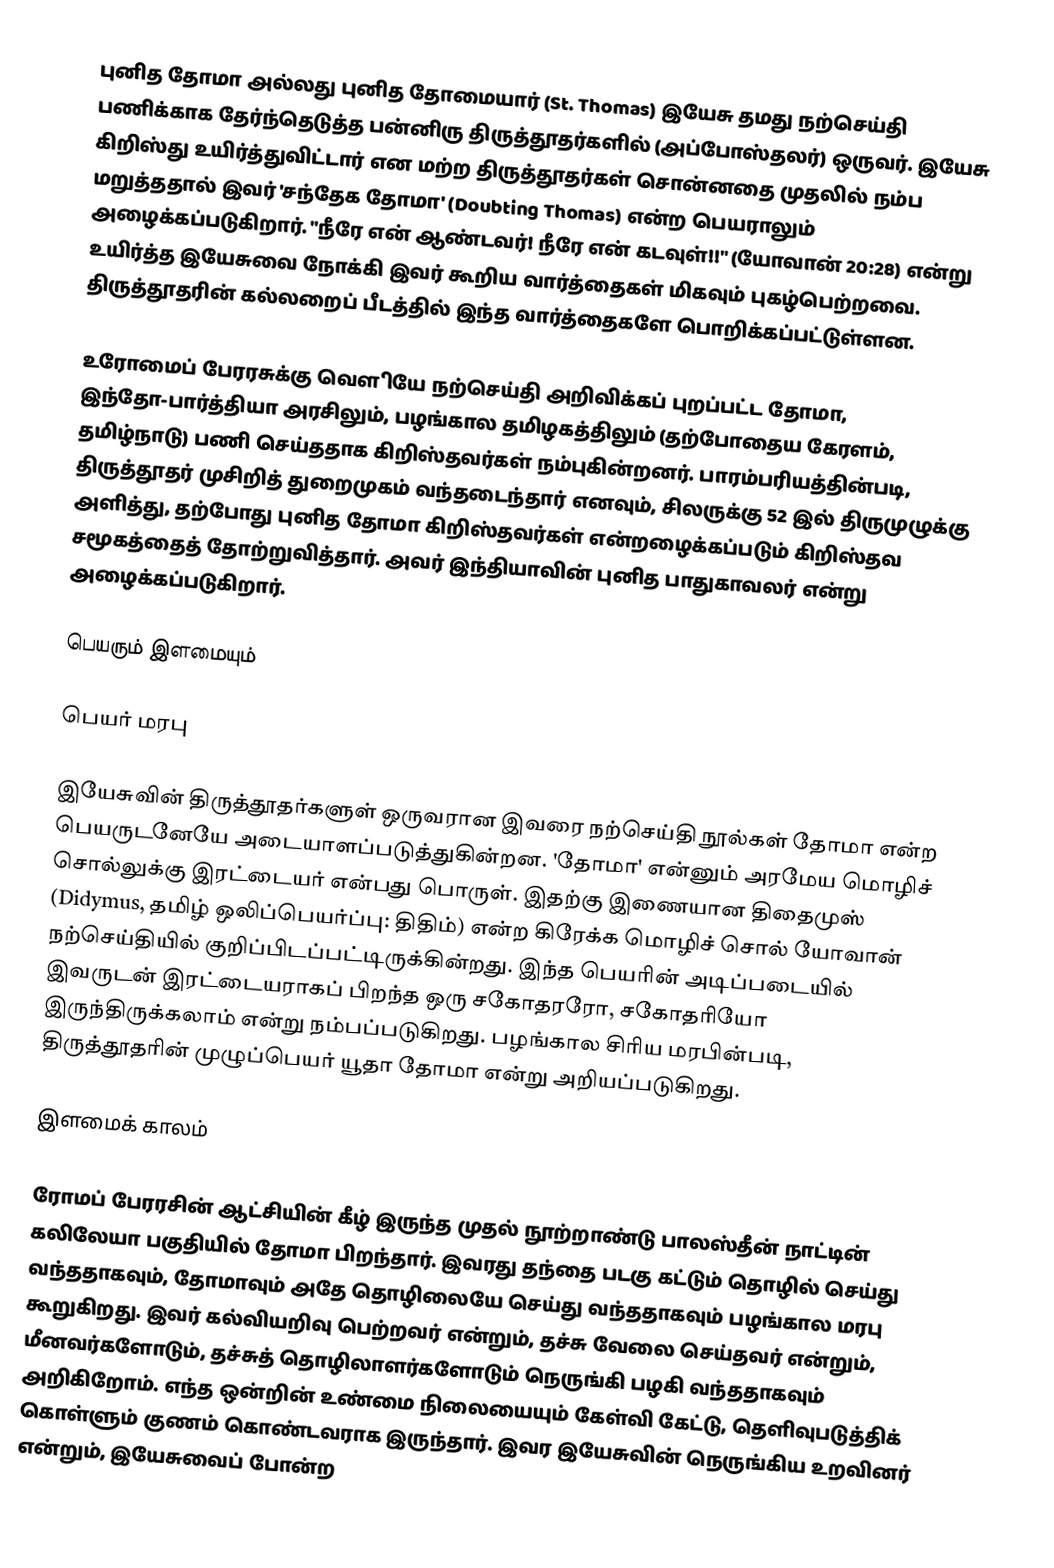
புனித தோமா அல்லது புனித தோமையார் (St. Thomas) இயேசு தமது நற்செய்தி பணிக்காக தேர்ந்தெடுத்த பன்னிரு திருத்தூதர்களில் (அப்போஸ்தலர்) ஒருவர். இயேசு கிறிஸ்து உயிர்த்துவிட்டார் என மற்ற திருத்தூதர்கள் சொன்னதை முதலில் நம்ப மறுத்ததால் இவர் 'சந்தேக தோமா' (Doubting Thomas) என்ற பெயராலும் அழைக்கப்படுகிறார். "நீரே என் ஆண்டவர்! நீரே என் கடவுள்!!" (யோவான் 20:28) என்று உயிர்த்த இயேசுவை நோக்கி இவர் கூறிய வார்த்தைகள் மிகவும் புகழ்பெற்றவை. திருத்தூதரின் கல்லறைப் பீடத்தில் இந்த வார்த்தைகளே பொறிக்கப்பட்டுள்ளன.

உரோமைப் பேரரசுக்கு வௌியே நற்செய்தி அறிவிக்கப் புறப்பட்ட தோமா, இந்தோ-பார்த்தியா அரசிலும், பழங்கால தமிழகத்திலும் (தற்போதைய கேரளம், தமிழ்நாடு) பணி செய்ததாக கிறிஸ்தவர்கள் நம்புகின்றனர். பாரம்பரியத்தின்படி, திருத்தூதர் முசிறித் துறைமுகம் வந்தடைந்தார் எனவும், சிலருக்கு 52 இல் திருமுழுக்கு அளித்து, தற்போது புனித தோமா கிறிஸ்தவர்கள் என்றழைக்கப்படும் கிறிஸ்தவ சமூகத்தைத் தோற்றுவித்தார். அவர் இந்தியாவின் புனித பாதுகாவலர் என்று அழைக்கப்படுகிறார்.

பெயரும் இளமையும்

பெயர் மரபு

இயேசுவின் திருத்தூதர்களுள் ஒருவரான இவரை நற்செய்தி நூல்கள் தோமா என்ற பெயருடனேயே அடையாளப்படுத்துகின்றன. 'தோமா' என்னும் அரமேய மொழிச் சொல்லுக்கு இரட்டையர் என்பது பொருள். இதற்கு இணையான திதைமுஸ் (Didymus, தமிழ் ஒலிப்பெயர்ப்பு: திதிம்) என்ற கிரேக்க மொழிச் சொல் யோவான் நற்செய்தியில் குறிப்பிடப்பட்டிருக்கின்றது. இந்த பெயரின் அடிப்படையில் இவருடன் இரட்டையராகப் பிறந்த ஒரு சகோதரரோ, சகோதரியோ இருந்திருக்கலாம் என்று நம்பப்படுகிறது. பழங்கால சிரிய மரபின்படி, திருத்தூதரின் முழுப்பெயர் யூதா தோமா என்று அறியப்படுகிறது.

இளமைக் காலம்

ரோமப் பேரரசின் ஆட்சியின் கீழ் இருந்த முதல் நூற்றாண்டு பாலஸ்தீன் நாட்டின் கலிலேயா பகுதியில் தோமா பிறந்தார். இவரது தந்தை படகு கட்டும் தொழில் செய்து வந்ததாகவும், தோமாவும் அதே தொழிலையே செய்து வந்ததாகவும் பழங்கால மரபு கூறுகிறது. இவர் கல்வியறிவு பெற்றவர் என்றும், தச்சு வேலை செய்தவர் என்றும், மீனவர்களோடும், தச்சுத் தொழிலாளர்களோடும் நெருங்கி பழகி வந்ததாகவும் அறிகிறோம். எந்த ஒன்றின் உண்மை நிலையையும் கேள்வி கேட்டு, தெளிவுபடுத்திக் கொள்ளும் குணம் கொண்டவராக இருந்தார். இவர இயேசுவின் நெருங்கிய உறவினர் என்றும், இயேசுவைப் போன்ற